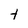
Character: t